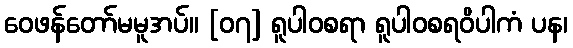
ဝေဖန်တော်မမူအပ်။ [၀၇] ရူပါဝစရာ ရူပါဝစရဝိပါကံ ပန၊